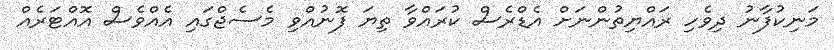
މަނިކުފާނު ދިވެހި ރައްޔިތުންނަށް އެޑްރެސް ކުރައްވާ ތިޔަ ފޮނުއްވި މެސެޖްގައި އެއްވެސް އޮއްޓަރެއް